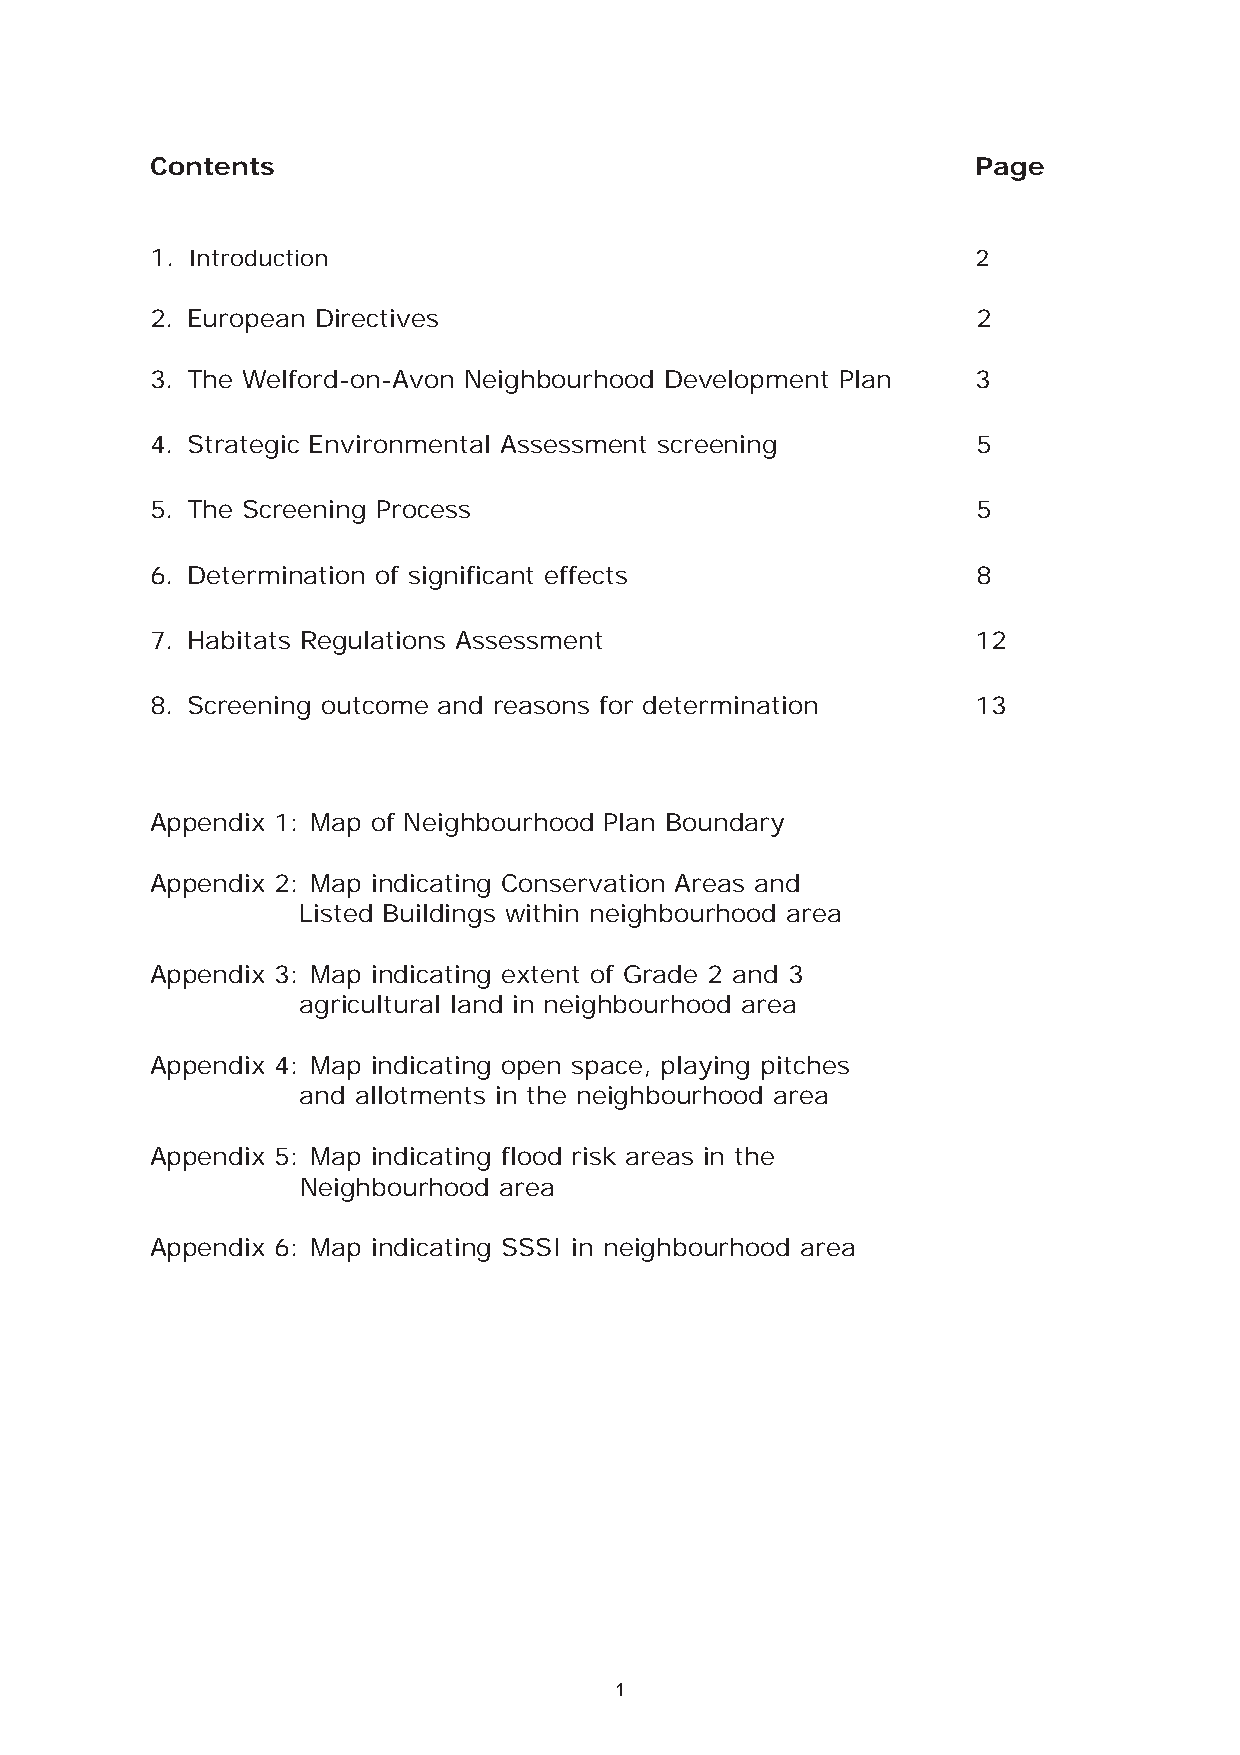
Contents                                               Page
 1. Introduction                                        2
 2. European Directives                                 2
 3. The Welford-on-Avon Neighbourhood Development Plan  3
 4. Strategic Environmental Assessment screening        5
 5. The Screening Process                               5
 6. Determination of significant effects                8
 7. Habitats Regulations Assessment                     12
 8. Screening outcome and reasons for determination     13
 Appendix 1: Map of Neighbourhood Plan Boundary
 Appendix 2: Map indicating Conservation Areas and
 Listed Buildings within neighbourhood area
 Appendix 3: Map indicating extent of Grade 2 and 3
 agricultural land in neighbourhood area
 Appendix 4: Map indicating open space, playing pitches
 and allotments in the neighbourhood area
 Appendix 5: Map indicating flood risk areas in the
 Neighbourhood area
 Appendix 6: Map indicating SSSI in neighbourhood area
 1